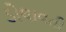
ડોલાવતી